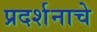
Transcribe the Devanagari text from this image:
प्रदर्शनाचे